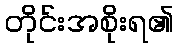
တိုင်းအစိုးရ၏